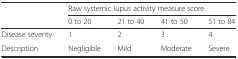
|  | <COLSPAN=4> Raw systemic lupus activity measure score |
 |  | 0 to 20 | 21 to 40 | 41 to 50 | 51 to 84 |
 | --- | --- | --- | --- | --- |
 | Disease severity | 1 | 2 | 3 | 4 |
 | Description | Negligible | Mild | Moderate | Severe |